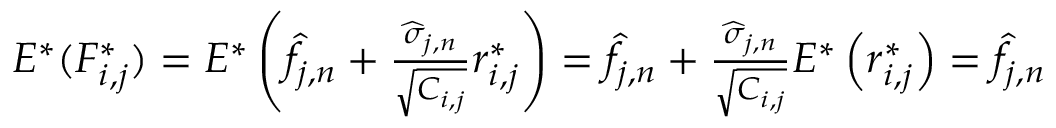
\begin{array} { r } { E ^ { * } ( F _ { i , j } ^ { * } ) = E ^ { * } \left( \widehat f _ { j , n } + \frac { \widehat \sigma _ { j , n } } { \sqrt { C _ { i , j } } } r _ { i , j } ^ { * } \right) = \widehat f _ { j , n } + \frac { \widehat \sigma _ { j , n } } { \sqrt { C _ { i , j } } } E ^ { * } \left( r _ { i , j } ^ { * } \right) = \widehat f _ { j , n } } \end{array}